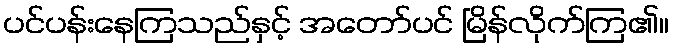
ပင်ပန်းနေကြသည်နှင့် အတော်ပင် မြိန်လိုက်ကြ၏။